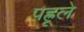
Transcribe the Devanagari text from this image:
पह्रूले